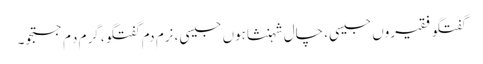
گفتگو فقیروں جیسی، چال شہنشاہوں جیسی، نرم دم گفتگو، گرم دِم جستجو۔